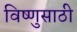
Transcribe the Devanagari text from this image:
विष्णुसाठी